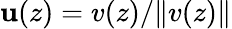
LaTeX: \mathbf{u}(z)=v(z)/\| v(z)\|